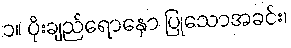
၁။ ပိုးချည်ရောနှော ပြုသောအခင်း၊